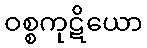
ဝစ္စကုဋိယော